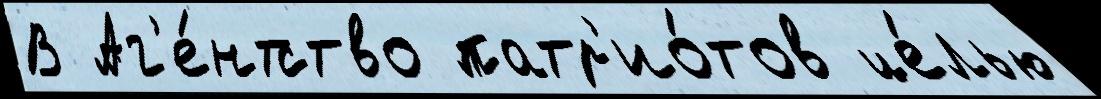
В Аг'е́нтство патр'ио́тов це́лью